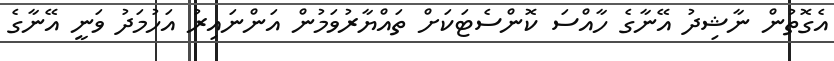
އެގޮތުން ނާޝިދު އޭނާގެ ހާއްސަ ކޮންސެޓަކަށް ތައްޔާރުވަމުން އަންނައިރު އަހުމަދު ވަނީ އޭނާގެ